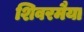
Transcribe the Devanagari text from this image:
शिवरमैया